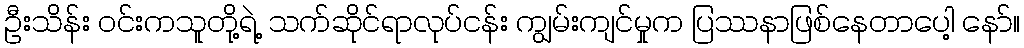
ဦးသိန်း ဝင်းကသူတို့ရဲ့ သက်ဆိုင်ရာလုပ်ငန်း ကျွမ်းကျင်မှုက ပြဿနာဖြစ်နေတာပေါ့ နော်။